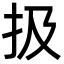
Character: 扱